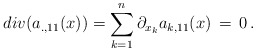
\begin{align*}div(a_{. , 11}(x))= \sum_{k=1}^{n} \partial_{x_k} a_{k,11}(x) \, =\, 0 \, .\end{align*}